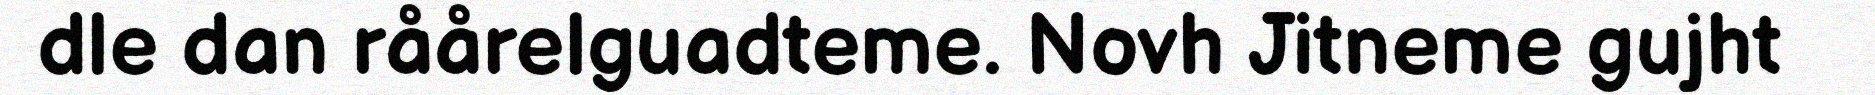
dle dan råårelguadteme. Novh Jitneme gujht